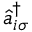
\hat { a } _ { i \sigma } ^ { \dagger }